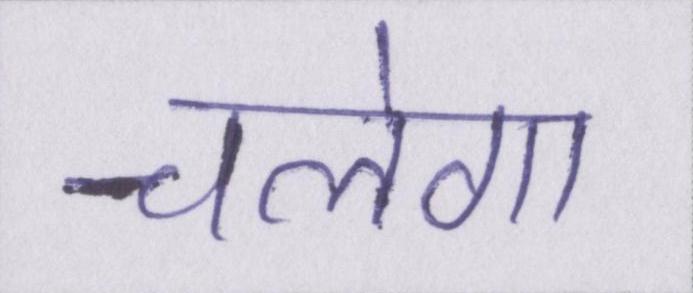
चलेगा